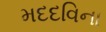
મદદવિના